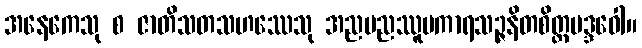
အနေကေသု စ ဇာတိသတသဟဿေသု အညမညဿူပကာရသဉ္ဇနိတစိတ္တမဒ္ဒဝေါ။